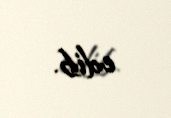
edib.